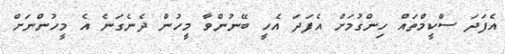
އެފަދަ ސްކީމްތައް ހިންގުމަށް އެފަދަ އެހީ ބޭނުންވާ މީހުން ދެނެގަނެ އެ މީހުންނަށް